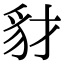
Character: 豺